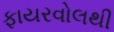
ફાયરવોલથી